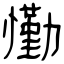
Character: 懄